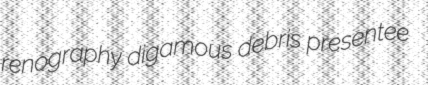
renography digamous debris presentee